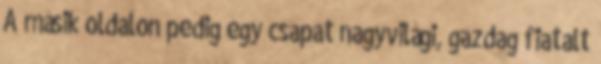
A másik oldalon pedig egy csapat nagyvilági, gazdag fiatalt